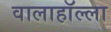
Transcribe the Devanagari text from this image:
वालाहाॅल्ला